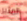
المثير